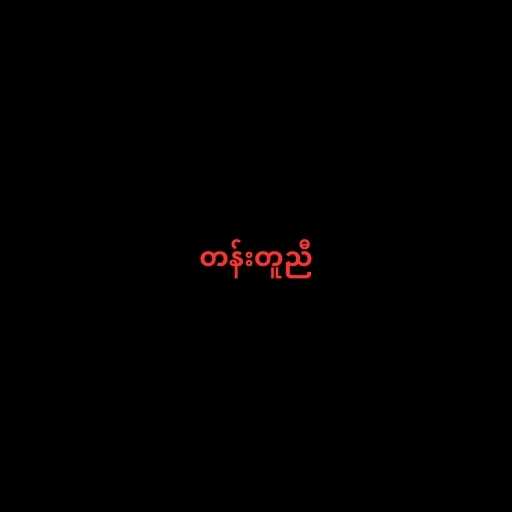
တန်းတူညီ